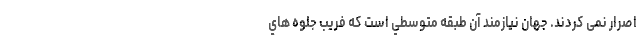
اصرار نمی کردند. جهان نيازمند آن طبقه متوسطي است كه فريب جلوه هاي